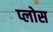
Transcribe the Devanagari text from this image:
प्लोस